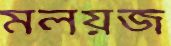
মলয়জ